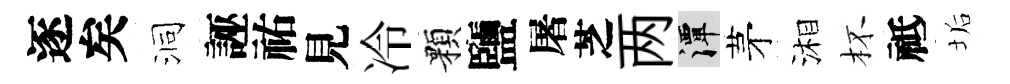
逐矣洞誣祐見冷顆鹽屠芝两潭茅湘杯祗垢